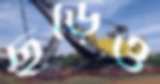
ছুড়েও